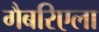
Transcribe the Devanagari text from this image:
गैबरिएला